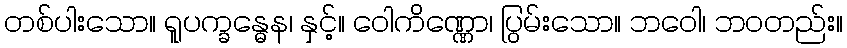
တစ်ပါးသော။ ရူပက္ခန္ဓေန၊ နှင့်။ ဝေါကိဏ္ဏော၊ ပြွမ်းသော။ ဘဝေါ၊ ဘဝတည်း။